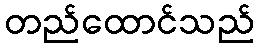
တည်ထောင်သည်